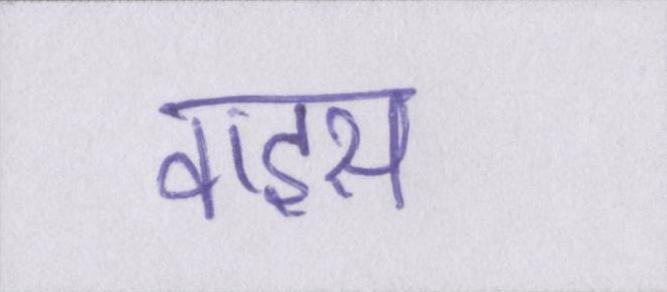
वाइस